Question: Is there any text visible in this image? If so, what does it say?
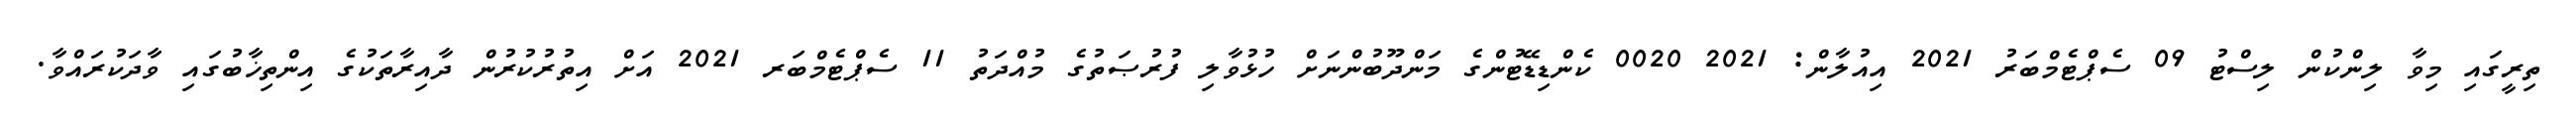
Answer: ތިރީގައި މިވާ ލިންކުން ލިސްޓު 09 ސެޕްޓެމްބަރު 2021 އިއުލާން: 2021 0020 ކެންޑިޑޭޓުންގެ މަންދޫބުންނަށް ހުޅުވާލި ފުރުޞަތުގެ މުއްދަތު 11 ސެޕްޓެމްބަރ 2021 އަށް އިތުރުކުރުން ދާއިރާތަކުގެ އިންތިޚާބުގައި ވާދަކުރައްވާ.